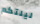
ليلتكم